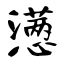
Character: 懑